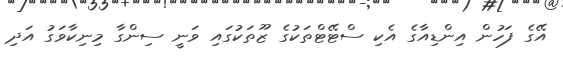
އޭގެ ފަހުން އިންޑިއާގެ އެކި ސްޓޭޓްތަކުގެ ޒޫތަކުގައި ވަނީ ސިންގާ މިނިކާވަގު އަދި